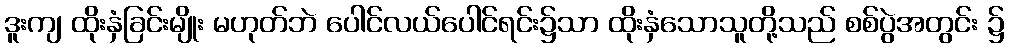
ဒူးကျ ထိုးနှံခြင်းမျိုး မဟုတ်ဘဲ ပေါင်လယ်ပေါင်ရင်း၌သာ ထိုးနှံသောသူတို့သည် စစ်ပွဲအတွင်း ၌